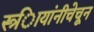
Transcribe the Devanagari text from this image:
स्त्र्िायांनीचेचून